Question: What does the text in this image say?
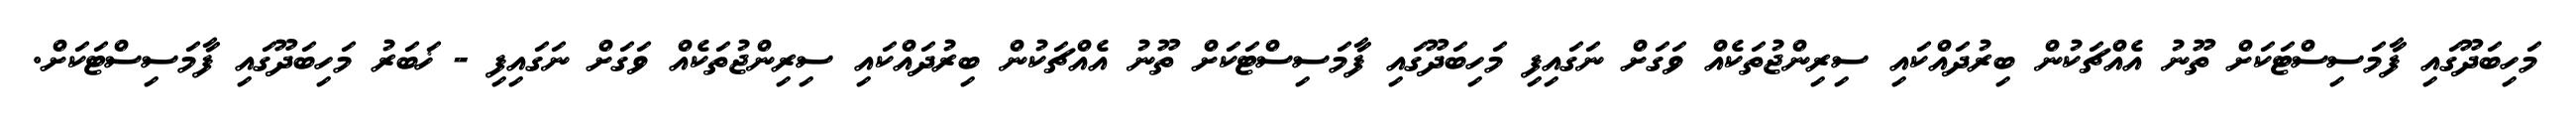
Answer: މަހިބަދޫގައި ފާމަސިސްޓަކަށް ތޫނު އެއްޗަކުން ބިރުދައްކައި ސިރިންޖުތަކެއް ވަގަށް ނަގައިފި މަހިބަދޫގައި ފާމަސިސްޓަކަށް ތޫނު އެއްޗަކުން ބިރުދައްކައި ސިރިންޖުތަކެއް ވަގަށް ނަގައިފި - ޚަބަރު މަހިބަދޫގައި ފާމަސިސްޓަކަށް.